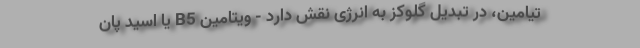
تیامین، در تبدیل گلوکز به انرژی نقش دارد - ویتامین B5 یا اسید پان